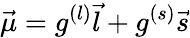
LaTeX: {\vec{\mu}}=g^{(l)}{\vec{l}}+g^{(s)}{\vec{s}}